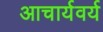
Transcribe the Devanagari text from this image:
आचार्यवर्य